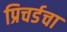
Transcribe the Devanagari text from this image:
प्रिचर्डचा